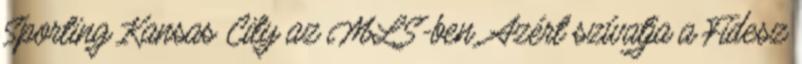
Sporting Kansas City az MLS-ben. Azért szívatja a Fidesz